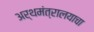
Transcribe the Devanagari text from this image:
अर्थमंत्रालयाचा